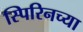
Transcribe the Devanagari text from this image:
स्पिरिनच्या